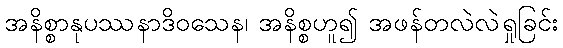
အနိစ္စာနုပဿနာဒိဝသေန၊ အနိစ္စဟူ၍ အဖန်တလဲလဲရှုခြင်း